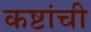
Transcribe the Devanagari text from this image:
कष्टांची